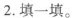
2.填一填。